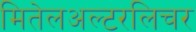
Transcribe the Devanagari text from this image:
मितेलअल्टरलिचर